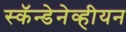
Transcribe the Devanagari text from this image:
स्कॅन्डेनेव्हीयन